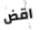
اقض